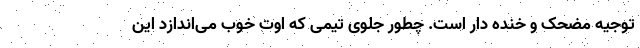
توجیه مضحک و خنده دار است. چطور جلوی تیمی که اوت خوب می‌اندازد این